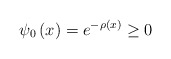
\begin{align*}\psi _0\left( x\right) =e^{-\rho \left( x\right) }\geq 0\end{align*}